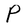
Character: P